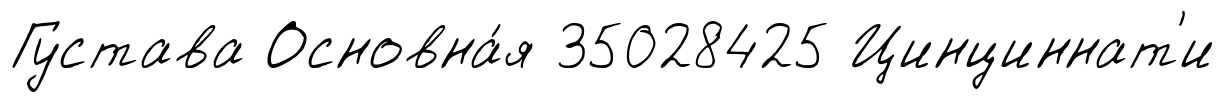
Густава Основна́я 35028425 Цинциннат'и